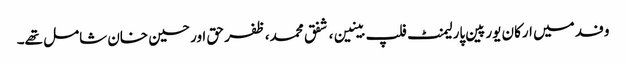
وفد میں ارکان یورپین پارلیمنٹ فلپ بینین، شفق محمد، ظفر حق اور حسین خان شامل تھے۔